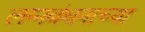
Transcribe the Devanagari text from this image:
लग्नबंधनाच्या